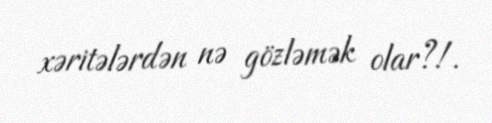
xəritələrdən nə gözləmək olar?!.